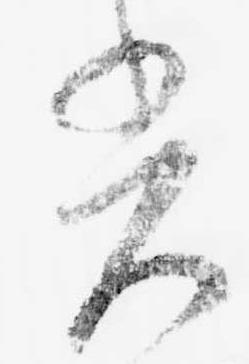
光